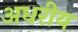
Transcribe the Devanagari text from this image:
अधरीय